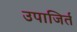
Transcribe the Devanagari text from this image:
उपाजिर्त